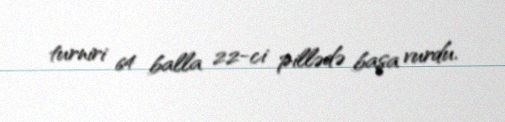
turniri 64 balla 22-ci pillədə başa vurdu.